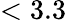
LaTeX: <3.3